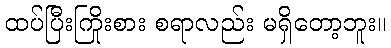
ထပ်ပြီးကြိုးစား စရာလည်း မရှိတော့ဘူး။